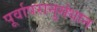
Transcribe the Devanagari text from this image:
पूर्वापरानुसंधान